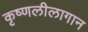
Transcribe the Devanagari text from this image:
कृष्णलीलागान